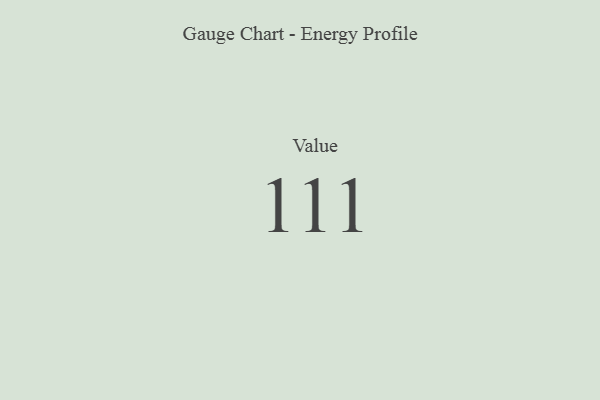
{"axis": {"x": "Metric", "y": "Value"}, "legend": [""], "data": [{"x": "Value", "y": 111, "type": ""}]}